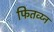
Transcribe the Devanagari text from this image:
फितव्य्न